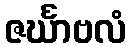
ဇင်္ဃာဗလံ